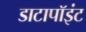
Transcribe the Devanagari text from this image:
डाटापॉइंट